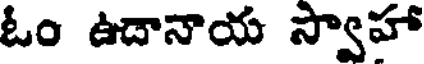
ఓం ఉదానాయ స్వాహా